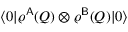
\langle \boldsymbol { 0 } | \varrho ^ { \mathsf { A } } ( Q ) \otimes \varrho ^ { \mathsf { B } } ( Q ) | \boldsymbol { 0 } \rangle